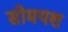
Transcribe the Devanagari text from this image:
सोमयश